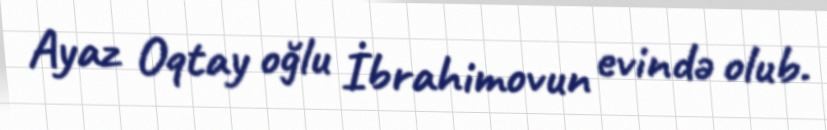
Ayaz Oqtay oğlu İbrahimovun evində olub.